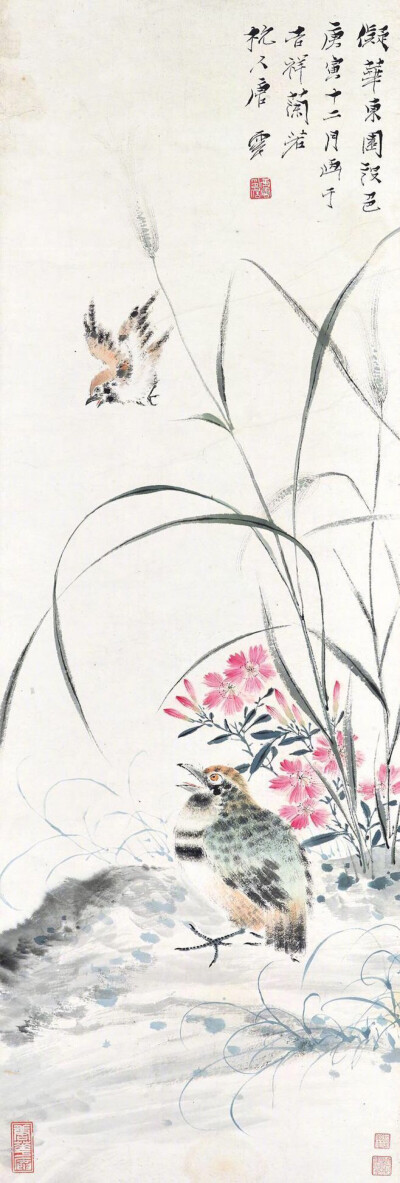
翠钿晓寒轻，独倚秋千无力。